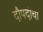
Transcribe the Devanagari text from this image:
दौपदीचा